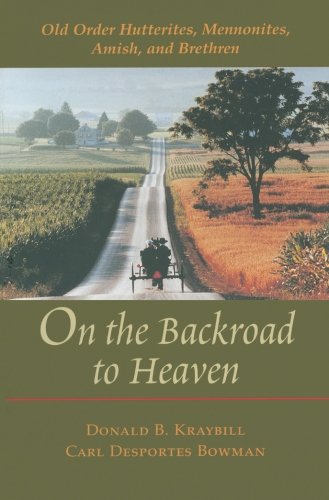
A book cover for On the Backroad to Heaven: Old Order Hutterites, Mennonites, Amish, and Brethren (Center Books in Anabaptist Studies); Donald B. Kraybill; Christian Books & Bibles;